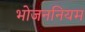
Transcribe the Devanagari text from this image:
भोजननियम